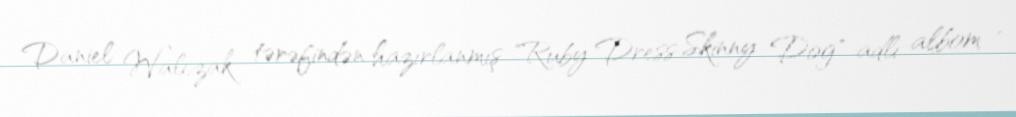
Daniel Walczak tərəfindən hazırlanmış "Ruby Dress Skinny Dog" adlı albom ,